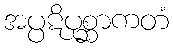
အပ္ပဋိပုစ္ဆာကတံ